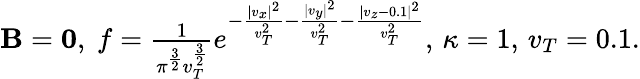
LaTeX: \begin{array}{r}{{\mathbf B}={\mathbf 0},\ f=\frac{1}{\pi^{\frac{3}{2}}v_{T}^{\frac{3}{2}}}e^{-\frac{|v_{x}|^{2}}{v_{T}^{2}}-\frac{|v_{y}|^{2}}{v_{T}^{2}}-\frac{|v_{z}-0.1|^{2}}{v_{T}^{2}}},\, \kappa=1,\, v_{T}=0.1.}\end{array}